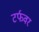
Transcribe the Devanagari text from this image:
टर्फवर